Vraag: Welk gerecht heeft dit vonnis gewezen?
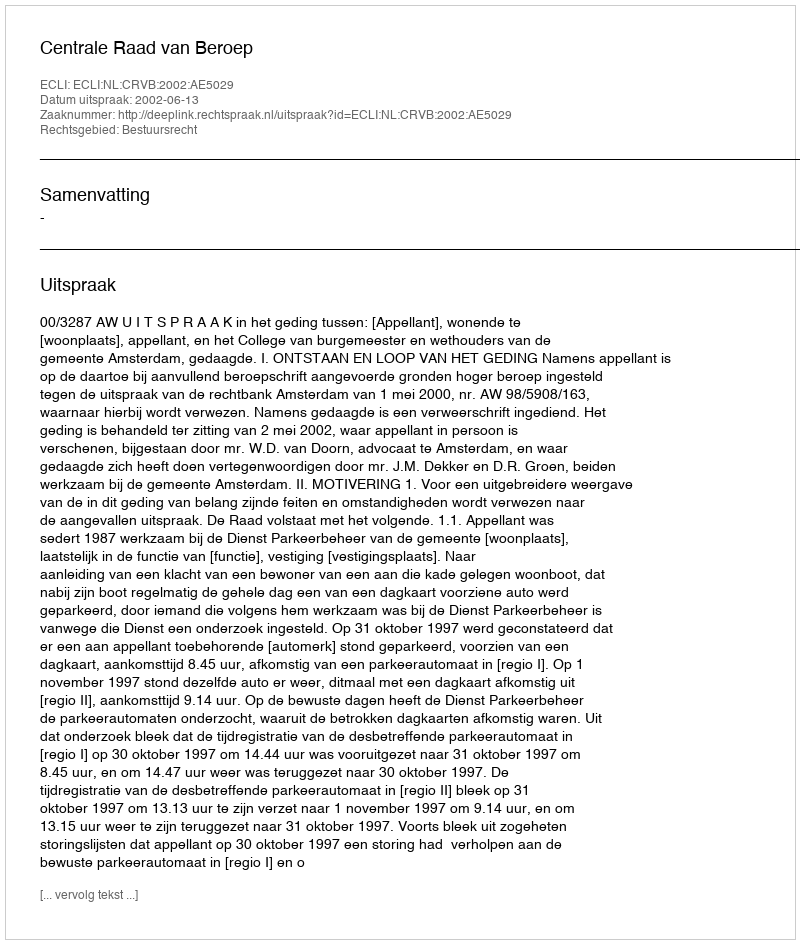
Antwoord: Centrale Raad van Beroep